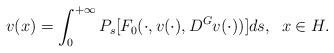
LaTeX: \begin{align*}v (x)= \int_0^{+\infty} P_{s}[F_0(\cdot,v(\cdot),D^Gv(\cdot))]ds,\; \; x \in H.\end{align*}